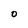
Character: O